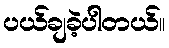
ပယ်ချခဲ့ပါတယ်။